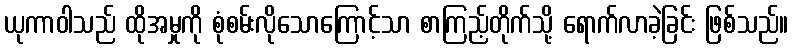
ယုကာဝါသည် ထိုအမှုကို စုံစမ်းလိုသောကြောင့်သာ စာကြည့်တိုက်သို့ ရောက်လာခဲ့ခြင်း ဖြစ်သည်။